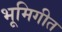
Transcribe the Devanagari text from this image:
भूमिगीत